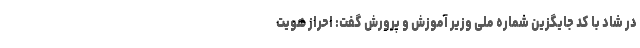
در شاد با کد جایگزین شماره ملی وزیر آموزش و پرورش گفت: احراز هویت